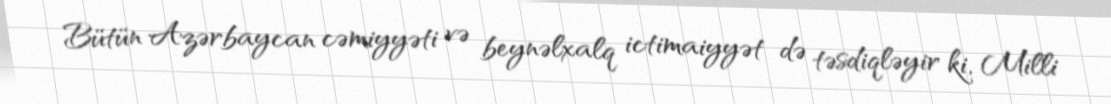
Bütün Azərbaycan cəmiyyəti və beynəlxalq ictimaiyyət də təsdiqləyir ki, Milli